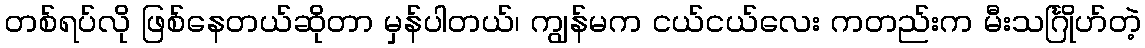
တစ်ရပ်လို ဖြစ်နေတယ်ဆိုတာ မှန်ပါတယ်၊ ကျွန်မက ငယ်ငယ်လေး ကတည်းက မီးသင်္ဂြိုဟ်တဲ့